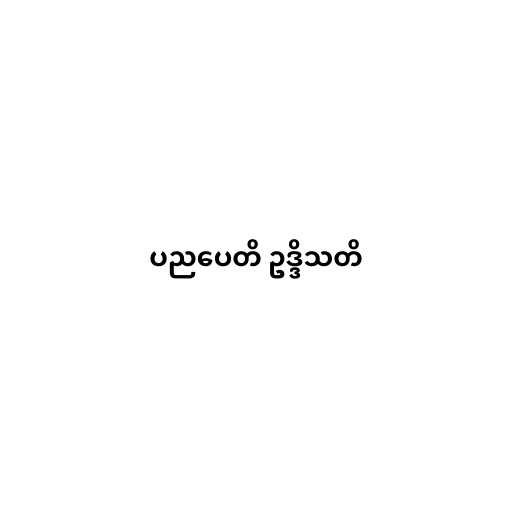
ပညပေတိ ဥဒ္ဒိသတိ